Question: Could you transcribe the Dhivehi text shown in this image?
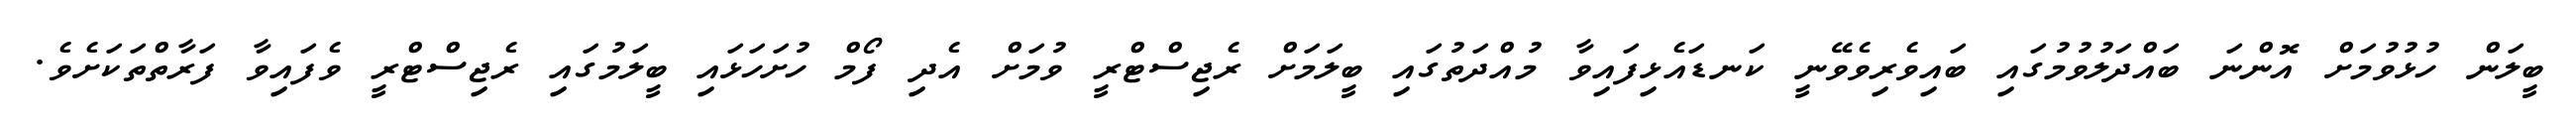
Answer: ބީލަން ހުޅުވުމަށް އޮންނަ ބައްދަލުވުމުގައި ބައިވެރިވެވޭނީ ކަނޑައެޅިފައިވާ މުއްދަތުގައި ބީލަމަށް ރެޖިސްޓްރީ ވުމަށް އެދި ފޯމް ހުށަހަޅައި ބީލަމުގައި ރެޖިސްޓްރީ ވެފައިވާ ފަރާތްތަކަށެވެ.